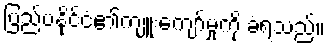
ပြည်ပနိုင်ငံ၏ကျူးကျော်မှုကို ခံရသည်။